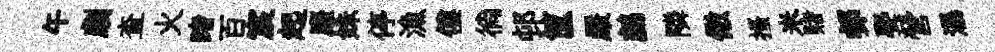
午劇查火睹百宸起麈姝停漁僂徜邨筐嚴鸕隣儆搔米赌邨娶營瀑